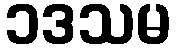
၁ဒသမ